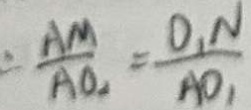
= \frac { A M } { A O _ { 2 } } = \frac { O _ { 1 } N } { A O _ { 1 } }